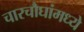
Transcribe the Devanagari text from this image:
चारचौघांमध्ये